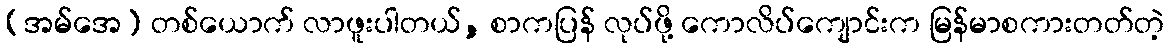
(အမ်အေ) တစ်ယောက် လာဖူးပါတယ်, စာကပြန် လုပ်ဖို့ ကောလိပ်ကျောင်းက မြန်မာစကားတတ်တဲ့